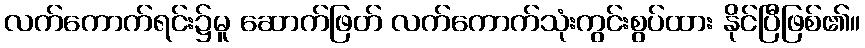
လက်ကောက်ရင်း၌မူ ဆောက်ဖြတ် လက်ကောက်သုံးကွင်းစွပ်ထား နိုင်ပြီဖြစ်၏။